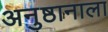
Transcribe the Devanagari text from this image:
अनुष्ठानाला